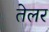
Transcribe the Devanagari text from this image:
तेलर